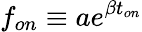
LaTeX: f_{on}\equiv ae^{\beta t_{on}}